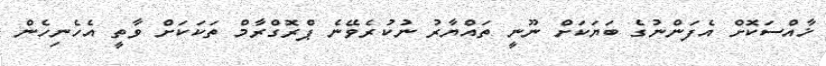
ޚާއްސަކޮށް އެފަންނުގެ ބަޔަކަށް ނޫނީ ތައްޔާރު ނުކުރެވޭނެ ޕްރޮގްރާމް ތަކަކަށް ވާތީ އެހެނިހެން